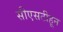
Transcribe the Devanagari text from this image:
सीएसटीहून